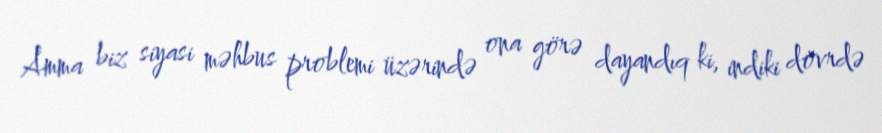
Amma biz siyasi məhbus problemi üzərində ona görə dayandıq ki, indiki dövrdə